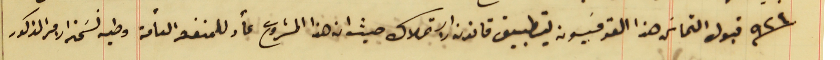
سنة ٩٢٤ قبول التماسَ هذا القومسَيون بتطبيق قانون الاستملاك حيث ان هذا المشروع عأد للمنفعة التامة وطيه نسَخه الامر المذكور